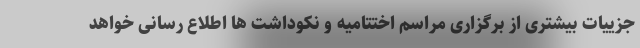
جزییات بیشتری از برگزاری مراسم اختتامیه و نکوداشت ها اطلاع رسانی خواهد